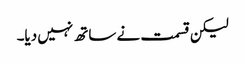
لیکن قسمت نے ساتھ نہیں دیا۔